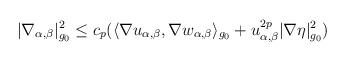
LaTeX: \begin{align*}\vert \nabla _{\alpha, \beta} \vert^{2}_{g_{0}}\leq c_{p}(\langle \nabla u_{\alpha, \beta}, \nabla w_{\alpha, \beta}\rangle_{g_{0}}+ u^{2p}_{\alpha, \beta}\vert \nabla \eta \vert_{g_{0}}^{2})\end{align*}